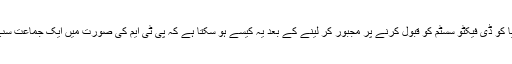
سیاسی جماعتوں، سول سوسائٹی اور میڈیا کو ڈی فیکٹو سسٹم کو قبول کرنے پر مجبور کر لینے کے بعد یہ کیسے ہو سکتا ہے کہ پی ٹی ایم کی صورت میں ایک جماعت سب سے طاقتور ادارے کو آنکھیں دکھائے۔